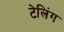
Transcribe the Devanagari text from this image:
टेलिंग